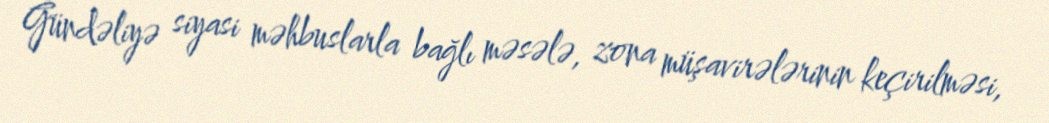
Gündəliyə siyasi məhbuslarla bağlı məsələ, zona müşavirələrinin keçirilməsi,